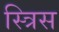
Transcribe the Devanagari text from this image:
स्त्रिस